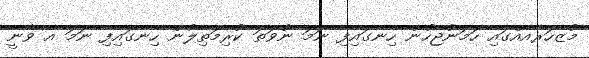
މުޒާހަރާއެއްގައި ހަމަނުޖެހުން ހިނގައިފި ނަމަ ނުވަތަ ކުރިމަތިލުން ހިނގައިފި ނަމަ އެ ވާނީ